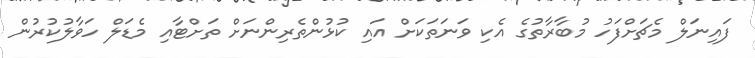
ފައިނަލް މެޗަށްފަހު މުބާރާތުގެ އެކި ވަނަތަކަށް އައި ކުޅުންތެރިންނަށް ތަށްޓާއި މެޑަލް ހަވާލުކުރުން